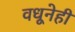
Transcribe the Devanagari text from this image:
वधूनेही